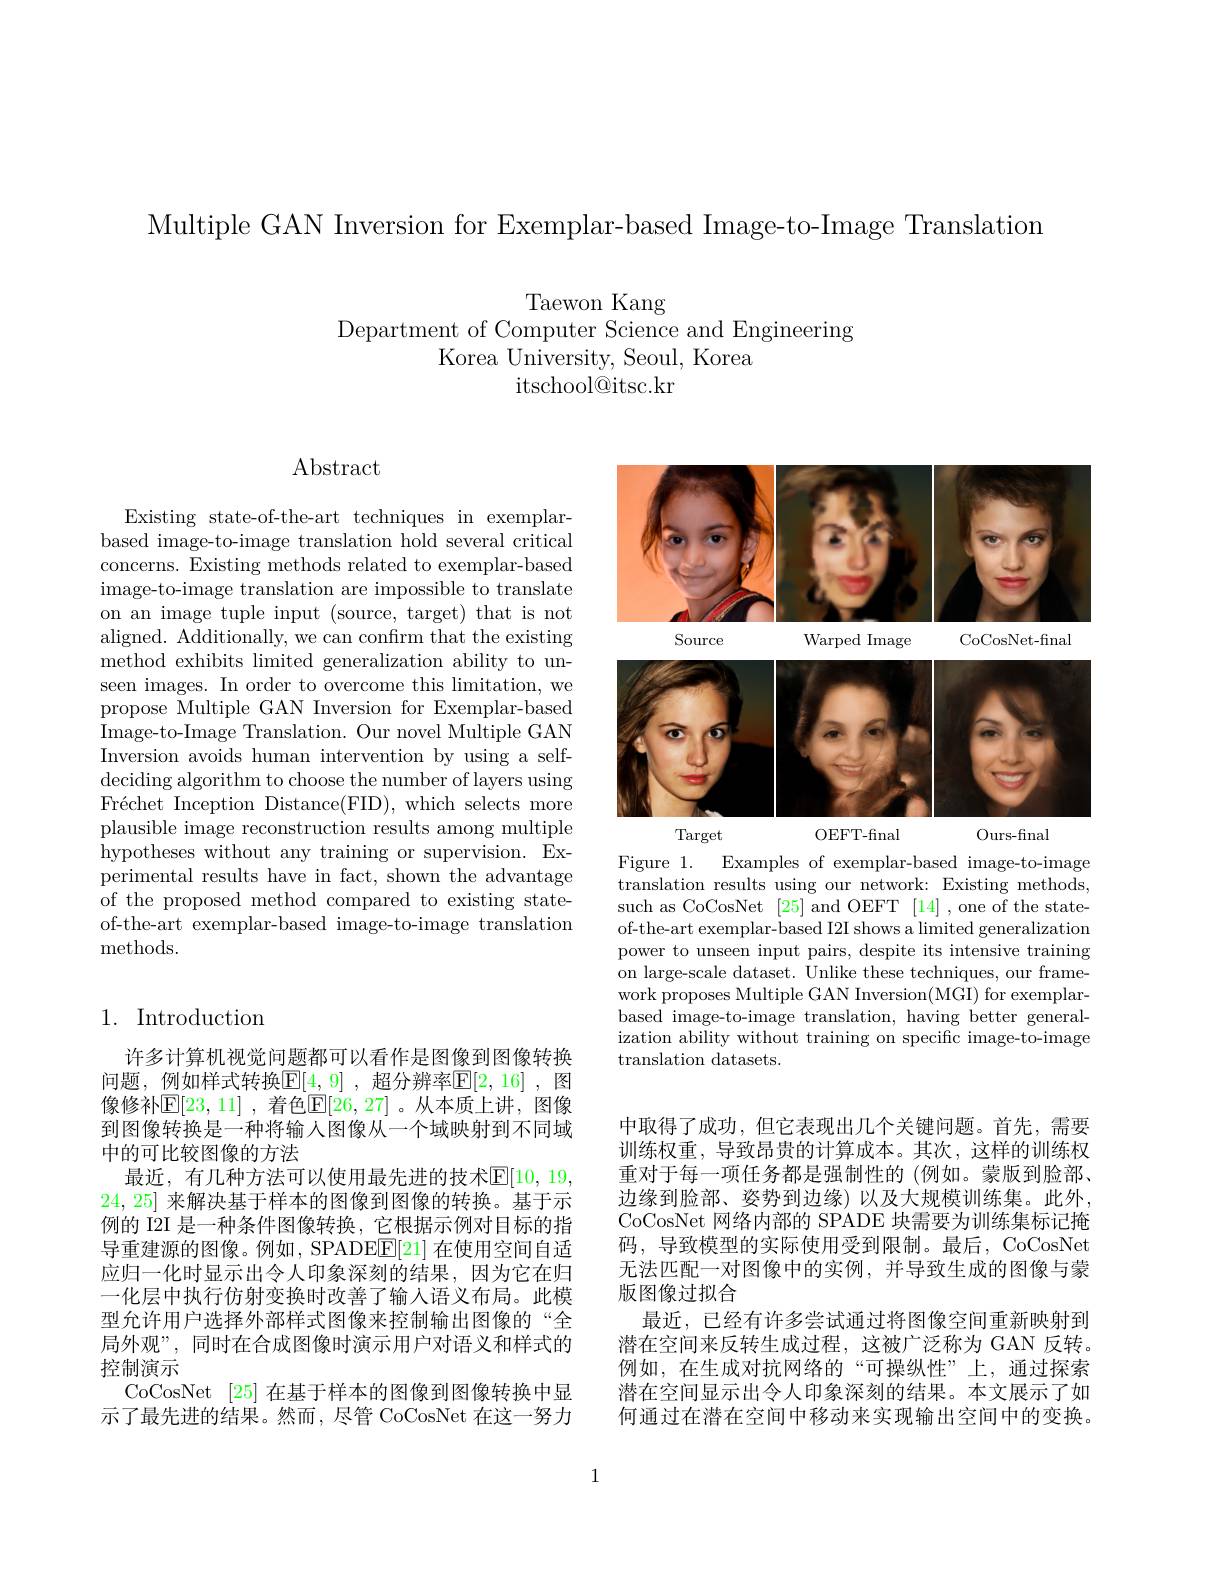
Multiple GAN Inversion for Exemplar-based Image-to-Image Translation

Taewon Kang
Department of Computer Science and Engineering
Korea University, Seoul, Korea
itschool@ itsc. kr

## Abstract

Existing state-of-the-art techniques in exemplarbased image-to-image translation hold several critical concerns. Existing methods related to exemplar-based image-to-image translation are impossible to translate on an image tuple input (source, target) that is not aligned. Additionally, we can confırm that the existing method exhibits limited generalization ability to unseen images. In order to overcome this limitation, we propose Multiple GAN Inversion for Exemplar-based $\dot{\mathrm{Image-to-Image~Translation.~Our~novel~Multiple~GAN}}$ Inversion avoids human intervention by using a selfdeciding algorithm to choose the number of layers using Fréchet Inception Distance(FID), which selects more plausible image reconstruction results among multiple hypotheses without any training or supervision. Experimental results have in fact, shown the advantage of the proposed method compared to existing stateof-the-art exemplar-based image-to-image translation methods.

## 1. Introduction

许多计算机视觉问题都可以看作是图像到图像转换问题，例如样式转换$\mathbb{E}[4,9]$ ,超分辨率$\mathbb{E}[2,16]$ ,图像修补$\mathsf{E}[23,11]$ ,着色$\mathsf{E}[26,27]$ 。从本质上讲，图像到图像转换是一种将输入图像从一个域映射到不同域中的可比较图像的方法
最近，有几种方法可以使用最先进的技术$\overline{\mathbb{E}}[10,19$, 24, 25]来解决基于样本的图像到图像的转换。基于示例的 I2I 是一种条件图像转换，它根据示例对目标的指导重建源的图像。例如，SPADEE[21] 在使用空间自适应归一化时显示出令人印象深刻的结果，因为它在归一化层中执行仿射变换时改善了输入语义布局。此模型允许用户选择外部样式图像来控制输出图像的“全局外观”, 同时在合成图像时演示用户对语义和样式的控制演示
CoCosNet [25]在基于样本的图像到图像转换中显示了最先进的结果。然而，尽管 CoCosNet 在这一努力

<FigureHere>
Figure 1.
Examples of exemplar-based image-to-image

translation results using our network: Existing methods, such as CoCosNet [25] and OEFT [14] , one of the stateof-the-art exemplar-based I2I shows a limited generalization power to unseen input pairs, despite its intensive training on large-scale dataset. Unlike these techniques, our framework proposes Multiple GAN Inversion(MGI) for exemplarbased image-to-image translation, having better generalization ability without training on specific image-to-image translation datasets.

中取得了成功，但它表现出几个关键问题。首先，需要训练权重，导致昂贵的计算成本。其次，这样的训练权重对于每一项任务都是强制性的 (例如。蒙版到脸部、 边缘到脸部、姿势到边缘)以及大规模训练集。此外， CoCosNet 网络内部的 SPADE 块需要为训练集标记掩码，导致模型的实际使用受到限制。最后，CoCosNet 无法匹配一对图像中的实例，并导致生成的图像与蒙版图像过拟合
最近，已经有许多尝试通过将图像空间重新映射到潜在空间来反转生成过程，这被广泛称为 GAN 反转。例如，在生成对抗网络的“可操纵性”上，通过探索潜在空间显示出令人印象深刻的结果。本文展示了如何通过在潜在空间中移动来实现输出空间中的变换。

1